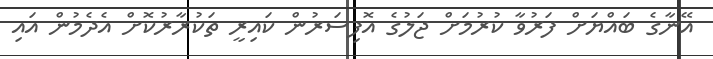
އޭނާގެ ބައްޔަށް ފަރުވާ ކުރުމަށް ޖަލުގެ އޮފިސަރުން ކައިރީ ތަކުރާރުކޮށް އެދެމުން އައި